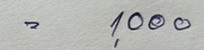
= 500